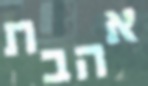
אהבת